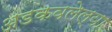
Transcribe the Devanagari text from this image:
अडकवलेल्या